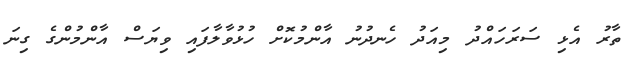
ތާރު އެޅި ސަރަހައްދު މިއަދު ހެނދުނު އާންމުކޮށް ހުޅުވާލާފައި ވިޔަސް އާންމުންގެ ގިނަ